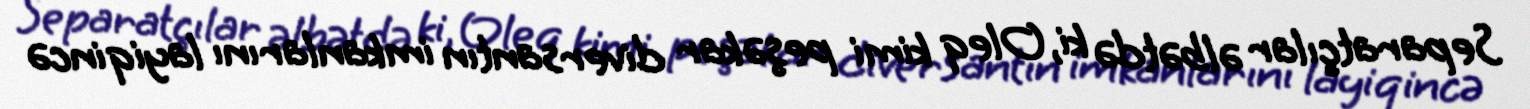
Separatçılar əlbətdə ki, Oleq kimi peşəkar diversantın imkanlarını layiqincə